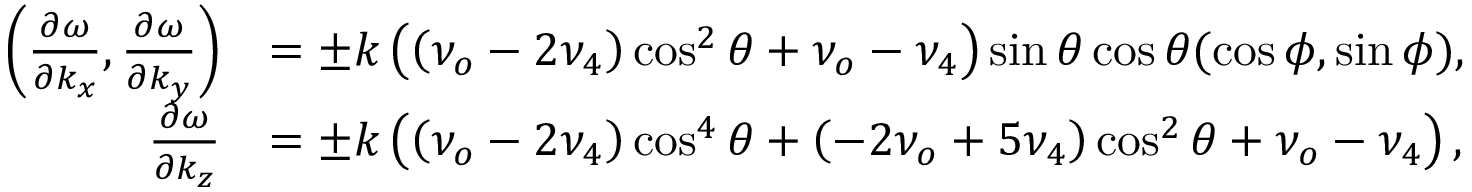
\begin{array} { r l } { \left( \frac { \partial \omega } { \partial k _ { x } } , \frac { \partial \omega } { \partial k _ { y } } \right) } & { = \pm k \left( \left( \nu _ { o } - 2 \nu _ { 4 } \right) \cos ^ { 2 } \theta + \nu _ { o } - \nu _ { 4 } \right) \sin \theta \cos \theta ( \cos \phi , \sin \phi ) , } \\ { \frac { \partial \omega } { \partial k _ { z } } } & { = \pm k \left( \left( \nu _ { o } - 2 \nu _ { 4 } \right) \cos ^ { 4 } \theta + \left( - 2 \nu _ { o } + 5 \nu _ { 4 } \right) \cos ^ { 2 } \theta + \nu _ { o } - \nu _ { 4 } \right) , } \end{array}